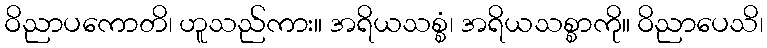
ဝိညာပကောတိ၊ ဟူသည်ကား။ အရိယသစ္စံ၊ အရိယသစ္စာကို။ ဝိညာပေသိ၊